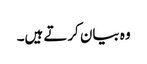
وہ بیان کرتے ہیں۔